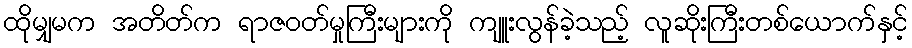
ထိုမျှမက အတိတ်က ရာဇဝတ်မှုကြီးများကို ကျူးလွန်ခဲ့သည့် လူဆိုးကြီးတစ်ယောက်နှင့်